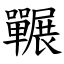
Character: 囅